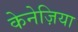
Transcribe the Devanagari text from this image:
केनेज़िया